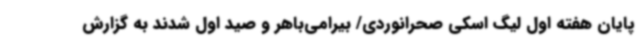
پایان هفته اول لیگ اسکی صحرانوردی/ بیرامی‌باهر و صید اول شدند به گزارش